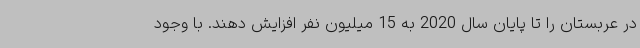
در عربستان را تا پایان سال 2020 به 15 میلیون نفر افزایش دهند. با وجود